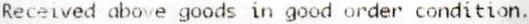
RECEIVED ABOVE GOODS IN GOOD ORDER CONDITION.